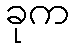
ခုက